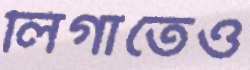
লিগাতেও